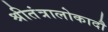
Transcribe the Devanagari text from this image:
श्रीतंत्रालोकादौ